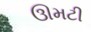
ઊમટી